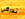
تدركي